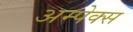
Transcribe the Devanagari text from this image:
अम्पेक्स